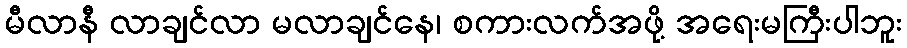
မီလာနီ လာချင်လာ မလာချင်နေ၊ စကားလက်အဖို့ အရေးမကြီးပါဘူး